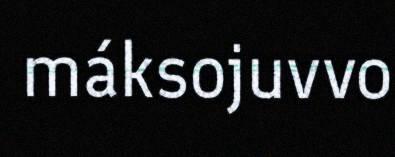
máksojuvvo